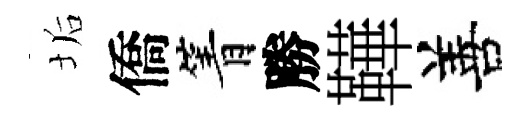
垢僑箐勝鞾善